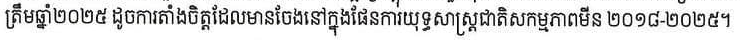
ត្រឹមឆ្នាំ២០២៥ ដូចការតាំងចិត្តដែលមានចែងនៅក្នុងផែនការប្រយុទ្ធសាស្ត្រជាតិសកម្មភាពមីន ២០១៨-២០២៥។